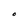
Character: O